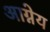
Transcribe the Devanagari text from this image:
अाग्नेय